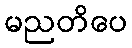
မညတိပေ